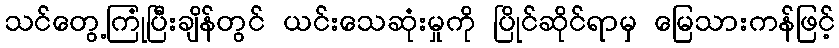
သင်တွေ့ကြုံပြီးချိန်တွင် ယင်းသေဆုံးမှုကို ပြိုင်ဆိုင်ရာမှ မြေသားကန်ဖြင့်